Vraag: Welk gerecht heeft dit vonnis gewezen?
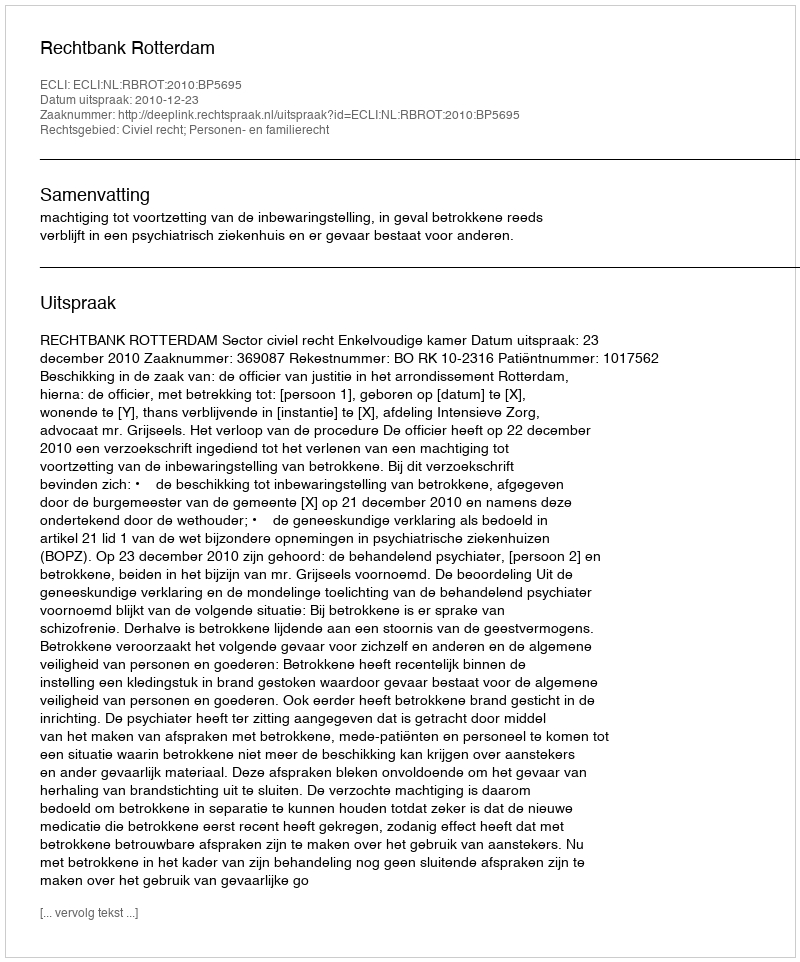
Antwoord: Rechtbank Rotterdam